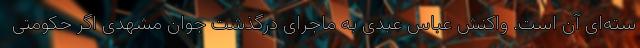
سته‌ای آن است. واکنش عباس عبدی به ماجرای درگذشت جوان مشهدی اگر حکومتی